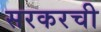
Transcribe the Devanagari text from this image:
सरकरची